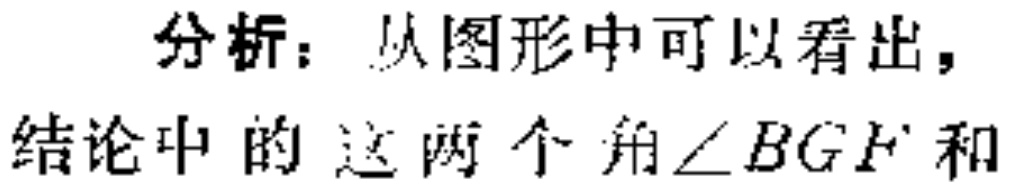
分析：从图形中可以看出，
结论中的这两个角\(\angle BGF\)和